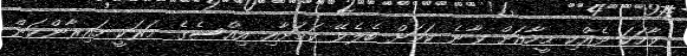
ވާހަކަ ދެއްކި މީހާއަށް ވާނެ ކަމަށް ބެލެވޭ ކަމަށާއި އިއްސެގެ މަރަކީ ހައިރާންކަން